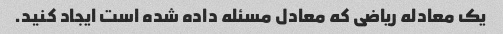
یک معادله ریاضی که معادل مسئله داده شده است ایجاد کنید.